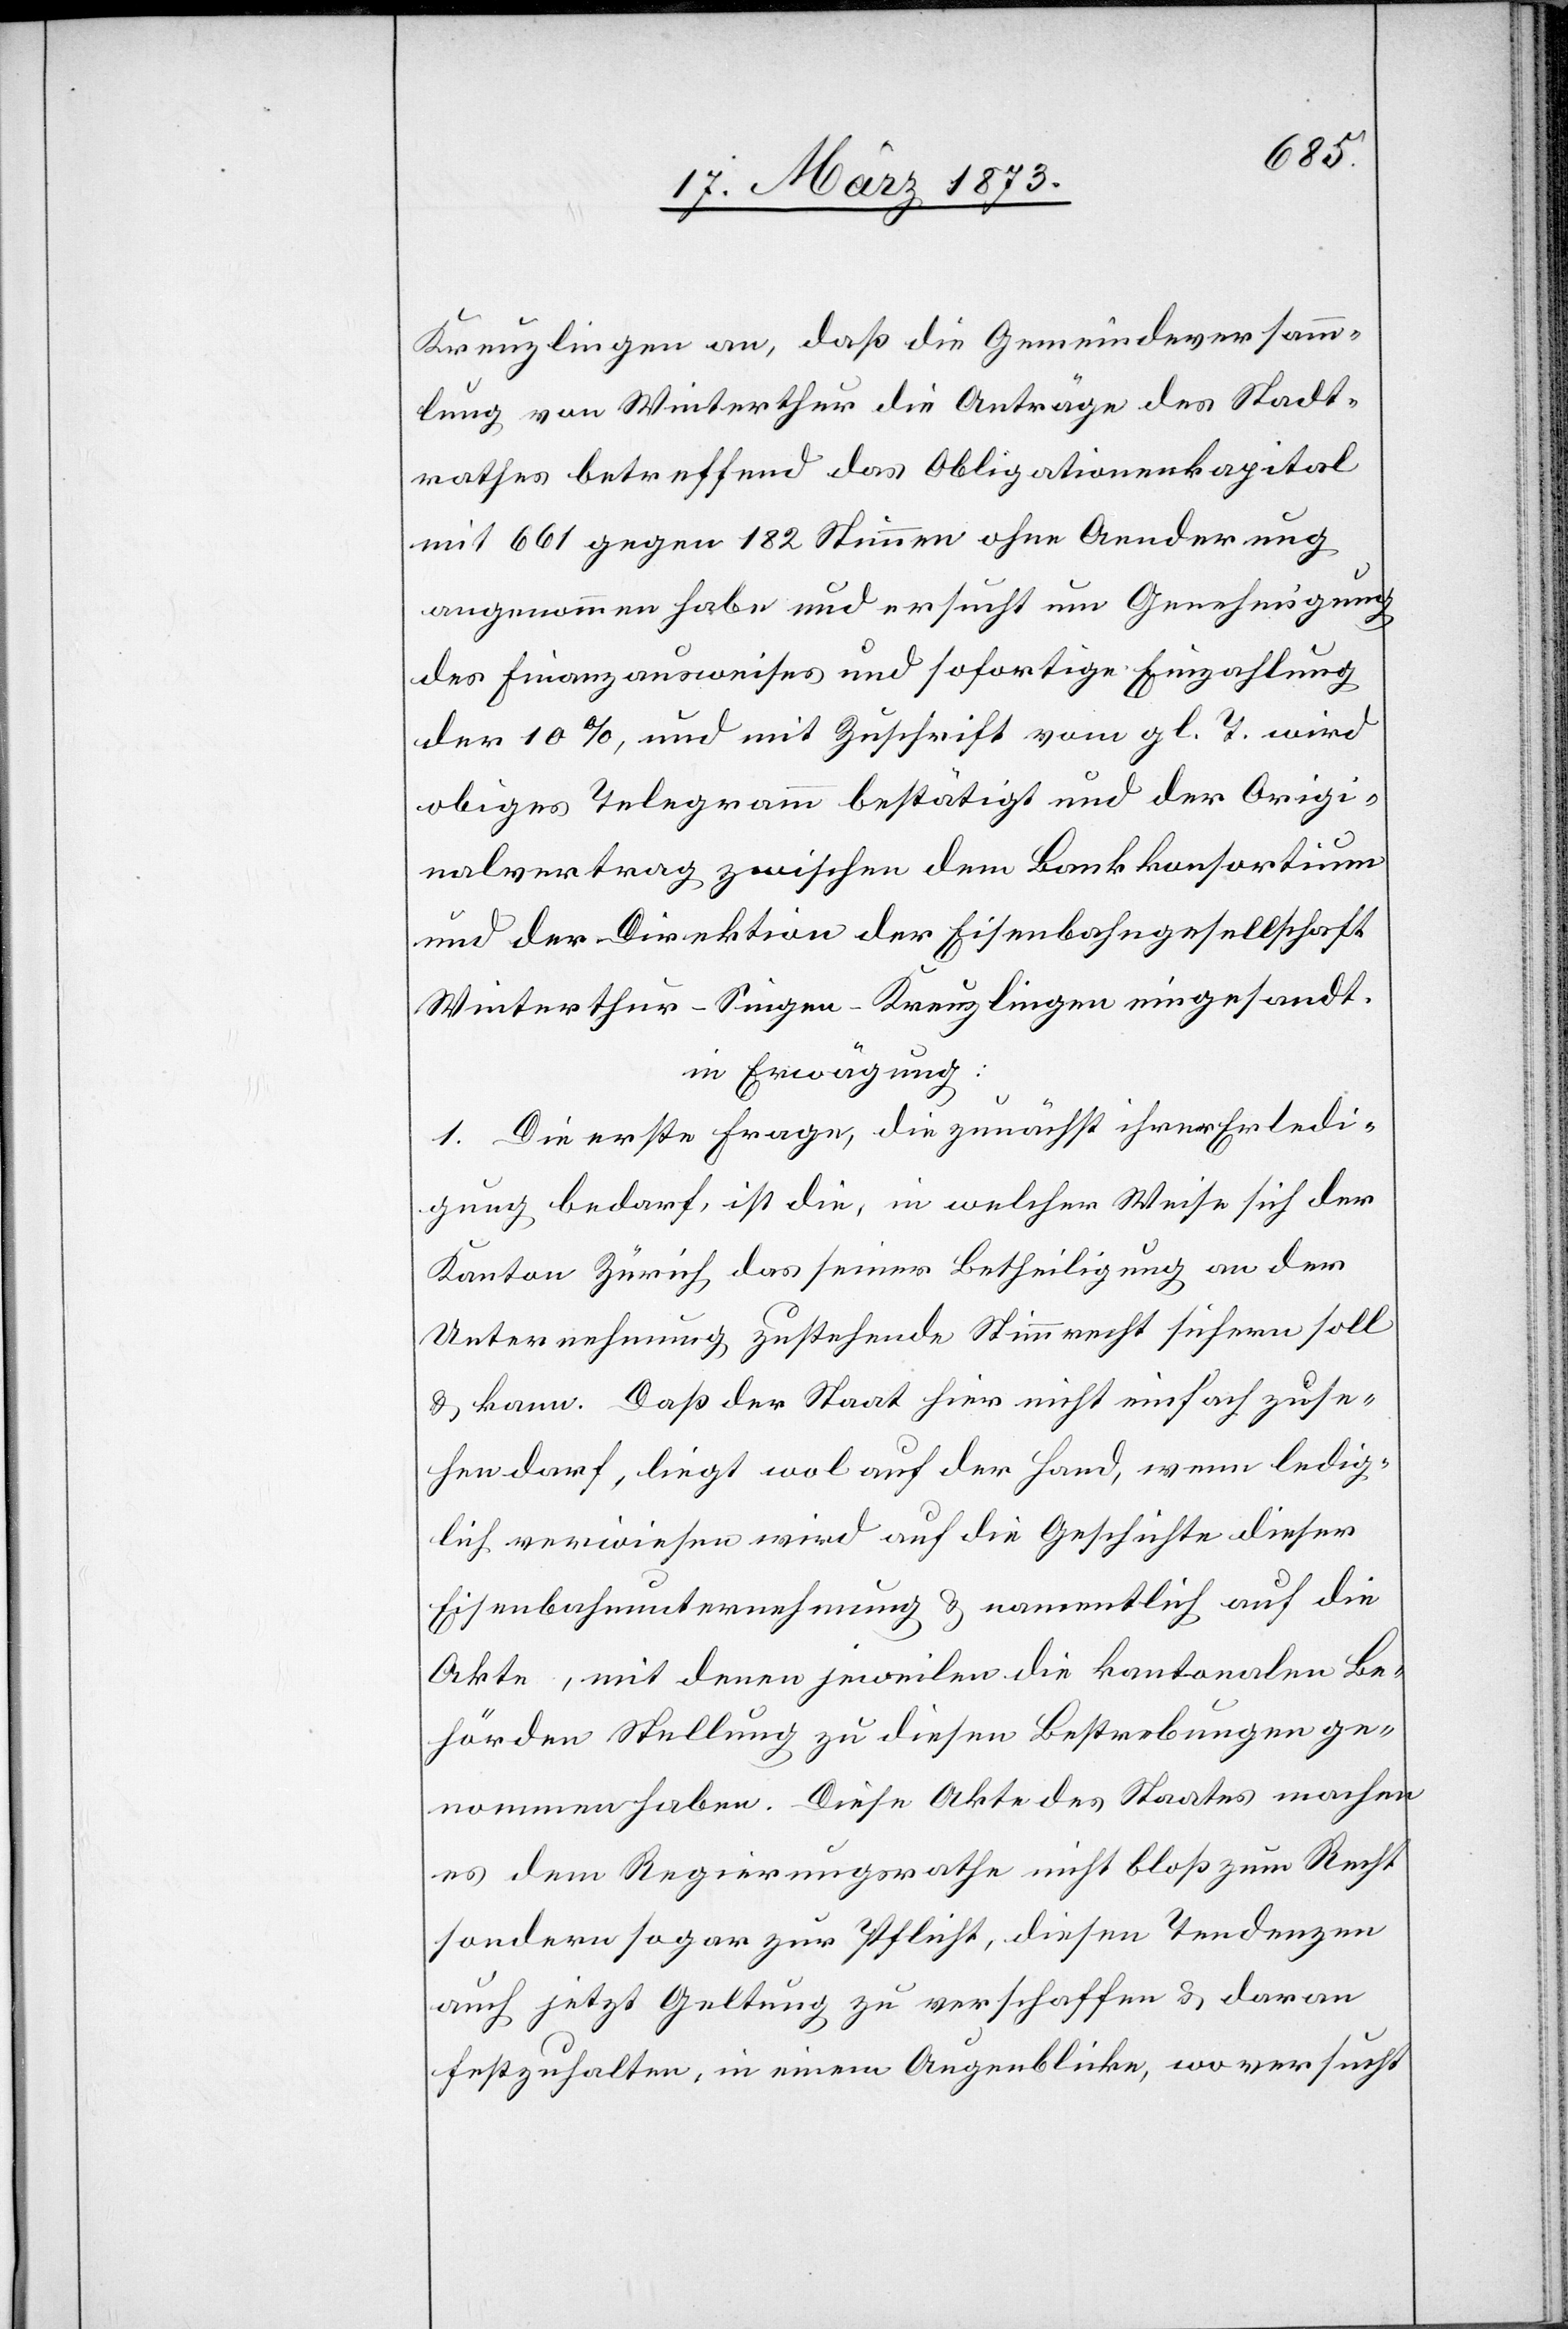
Kreuzlingen an, daß die Gemeindeversamm¬
lung von Winterthur die Anträge des Stadt¬
rathes betreffend das Obligationenkapital
mit 661 gegen 182 Stimmen ohne Aenderung
angenommen habe und ersucht um Genehmigung
des Finanzausweises und sofortige Einzahlung
der 10%, und mit Zuschrift vom gl. T. wird
obiges Telegramm bestätigt und der Origi¬
nalvertrag zwischen dem Bankkonsortium
und der Direktion der Eisenbahngesellschaft
Winterthur–Singen–Kreuzlingen eingesandt.
in Erwägung:
1. Die erste Frage, die zunächst ihrer Erledi¬
gung bedarf, ist die, in welcher Weise sich der
Kanton Zürich das seiner Betheiligung an der
Unternehmung zustehende Stimmrecht sichern soll
u. kann. Daß der Staat hier nicht einfach zuse¬
hen darf, liegt wol auf der Hand, wenn ledig¬
lich verwiesen wird auf die Geschichte dieser
Eisenbahnunternehmung u. namentlich auf die
Akte, mit denen jeweilen die kantonalen Be¬
hörden Stellung zu diesen Bestrebungen ge¬
nommen haben. Diese Akte des Staates machen
es dem Regierungsrathe nicht bloß zum Recht
sondern sogar zur Pflicht, diesen Tendenzen
auch jetzt Geltung zu verschaffen u. daran
festzuhalten, in einem Augenblicke, wo versucht